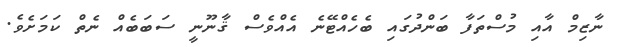
ނާޒިމް އާއި މުސްތަފާ ބަންދުގައި ބެހެއްޓޭނެ އެއްވެސް ޤާނޫނީ ސަބަބެއް ނެތް ކަމަށެވެ.